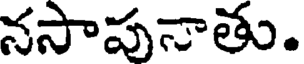
నసాపునాతు.